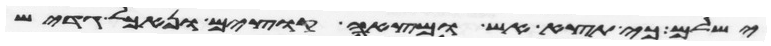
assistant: ישלם כי תצא אש ומצאה קוצים ונאכל גדיש